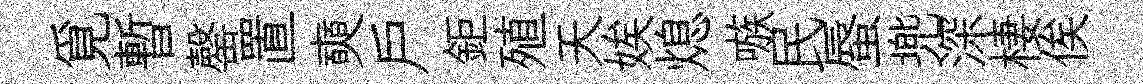
覓暫罄置奭戶鉅殖天娭熄嗾民蜃兠深棲俟